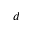
d